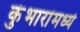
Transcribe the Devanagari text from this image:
कुंभारांमध्ये